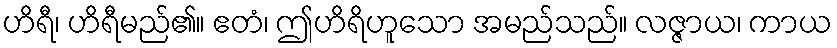
ဟိရီ၊ ဟိရီမည်၏။ ဧတံ၊ ဤဟိရိဟူသော အမည်သည်။ လဇ္ဇာယ၊ ကာယ